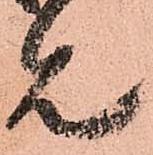
見